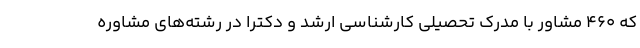
که ۴۶۰ مشاور با مدرک تحصیلی کارشناسی ارشد و دکترا در رشته‌های مشاوره